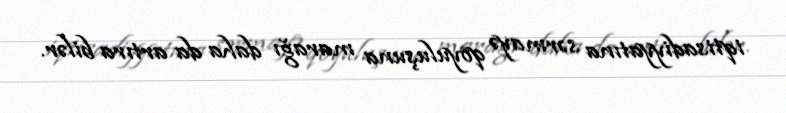
iqtisadiyyatına sərmayə qoyuluşuna marağı daha da artıra bilər.